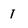
Character: 1